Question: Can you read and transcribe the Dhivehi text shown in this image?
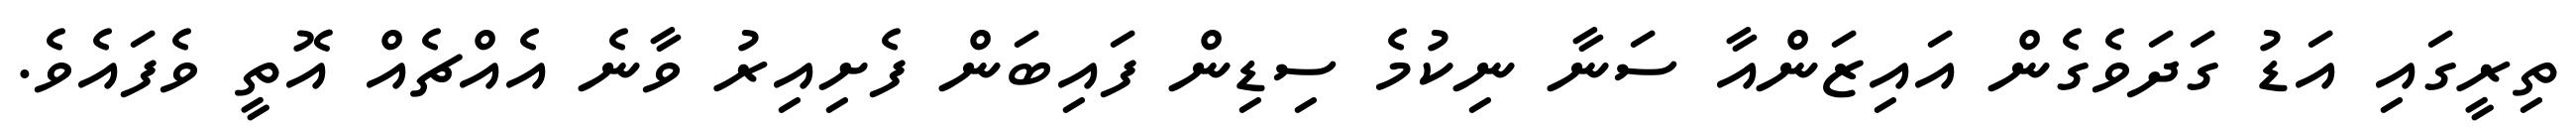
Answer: ތިރީގައި އަޑު ގަދަވެގެން އައިޒަންއާ ސަނާ ނިކުމެ ސިޑިން ފައިބަން ފެށިއިރު ވާނެ އެއްޗެއް އޮތީ ވެފައެވެ.